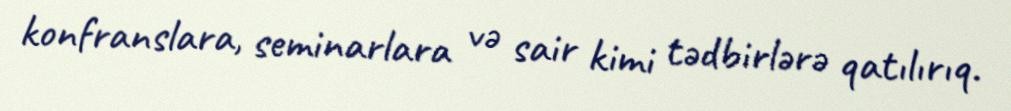
konfranslara, seminarlara və sair kimi tədbirlərə qatılırıq.